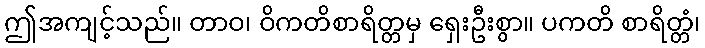
ဤအကျင့်သည်။ တာဝ၊ ဝိကတိစာရိတ္တမှ ရှေးဦးစွာ။ ပကတိ စာရိတ္တံ၊